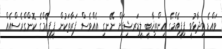
ވައްޑެ ވިދާޅުވީ ޕިޕީއެމްގެ އިންތިޚާބީ ލީޑަރޝިޕަށް ނޭނގި އެއްވެސް ފަރާތަކުން ޕީޕީއެމްގެ ކޮންގްރެސްއެއް